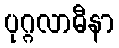
ပုဂ္ဂလာဓီနာ